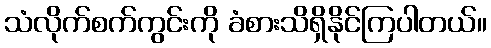
သံလိုက်စက်ကွင်းကို ခံစားသိရှိနိုင်ကြပါတယ်။